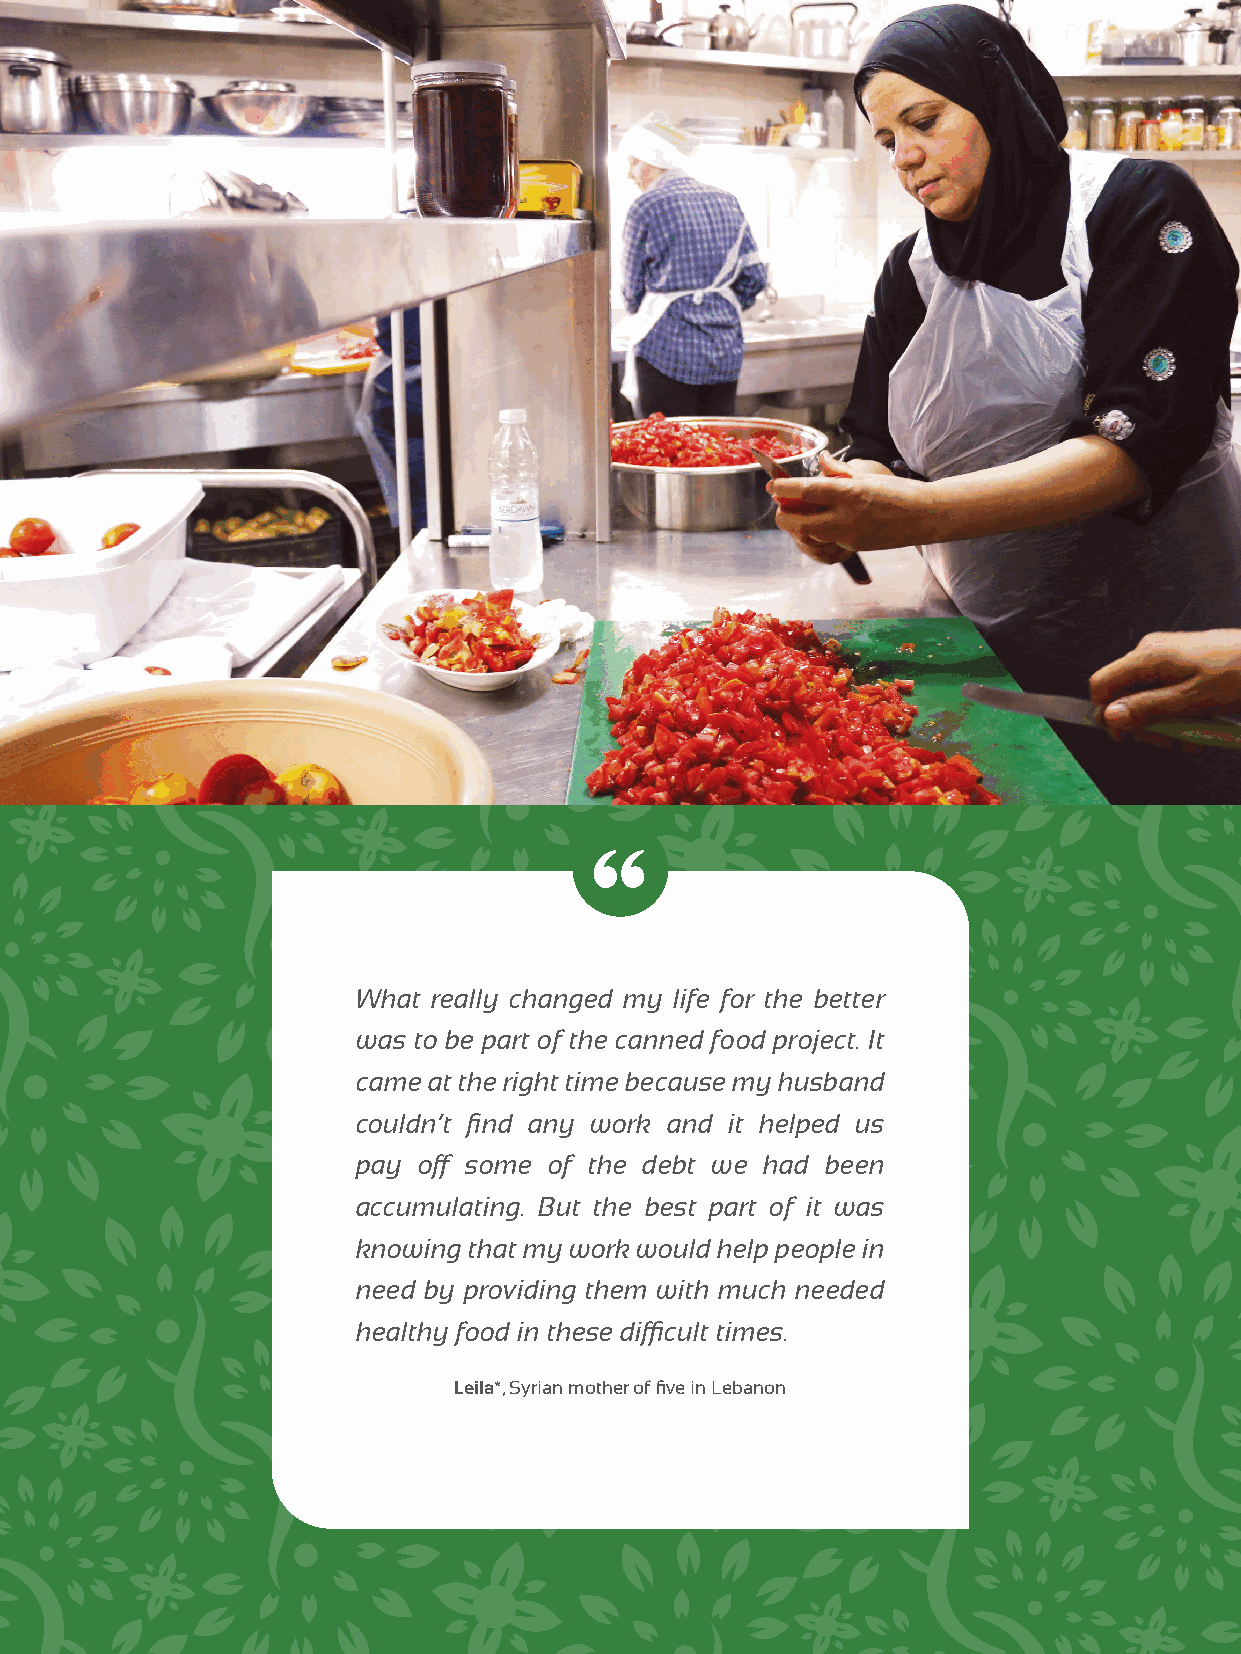
What really changed my life for the better
 was to be part of the canned food project. It
 came at the right time because my husband
 couldn’t find any work and it helped us
 pay off some of the debt we had been
 accumulating. But the best part of it was
 knowing that my work would help people in
 need by providing them with much needed
 healthy food in these difficult times.
 Leila*, Syrian mother of five in Lebanon